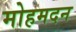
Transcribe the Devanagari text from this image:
मोहमदन